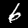
Digit: 6